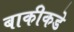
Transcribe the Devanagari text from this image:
बाकीकडे